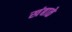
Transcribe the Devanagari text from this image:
खंबाळे